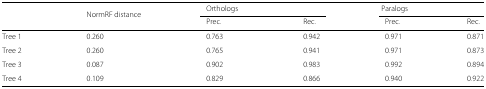
<table><thead><tr><td></td><td><b>NormRF distance</b></td><td><b>Orthologs</b></td><td colspan="3"><b>Paralogs</b></td></tr><tr><td></td><td></td><td><b>Prec.</b></td><td><b>Rec.</b></td><td><b>Prec.</b></td><td><b>Rec.</b></td></tr></thead><tbody><tr><td>Tree 1</td><td>0.260</td><td>0.763</td><td>0.942</td><td>0.971</td><td>0.871</td></tr><tr><td>Tree 2</td><td>0.260</td><td>0.765</td><td>0.941</td><td>0.971</td><td>0.873</td></tr><tr><td>Tree 3</td><td>0.087</td><td>0.902</td><td>0.983</td><td>0.992</td><td>0.894</td></tr><tr><td>Tree 4</td><td>0.109</td><td>0.829</td><td>0.866</td><td>0.940</td><td>0.922</td></tr></tbody></table>